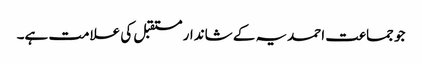
جو جماعت احمدیہ کے شاندار مستقبل کی علامت ہے۔